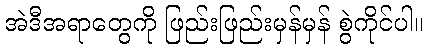
အဲဒီအရာတွေကို ဖြည်းဖြည်းမှန်မှန် စွဲကိုင်ပါ။